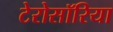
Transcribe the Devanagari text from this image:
टेरोसॉरिया